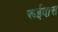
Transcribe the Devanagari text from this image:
रूईदास